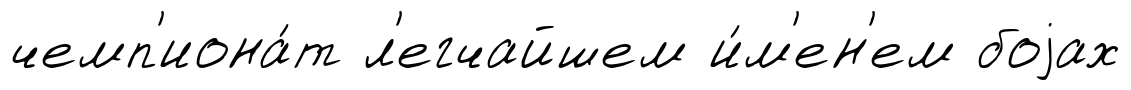
чемп'иона́т л'егчайшем и́м'ен'ем боjах